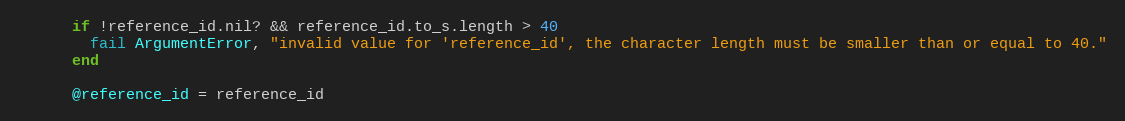
Language: Ruby
      if !reference_id.nil? && reference_id.to_s.length > 40
        fail ArgumentError, "invalid value for 'reference_id', the character length must be smaller than or equal to 40."
      end

      @reference_id = reference_id